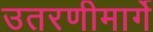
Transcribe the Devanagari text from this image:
उतरणीमार्गे